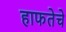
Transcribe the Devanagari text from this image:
हाफतेचे